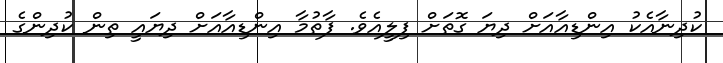
ކުދިނާއެކު އިންޑިއާއަށް ދިޔަ ގޮތަށް ފިލީއެވެ. ފާތުމާ އިންޑިއާއަށް ދިޔައީ ތިން ކުދިންގެ